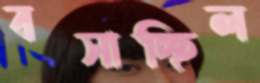
বসাচ্ছিল